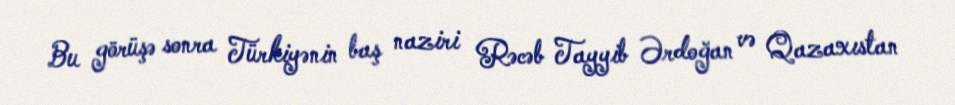
Bu görüşə sonra Türkiyənin baş naziri Rəcəb Tayyib Ərdoğan və Qazaxıstan